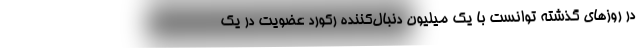
در روزهای گذشته توانست با یک میلیون دنبال‌کننده رکورد عضویت در یک